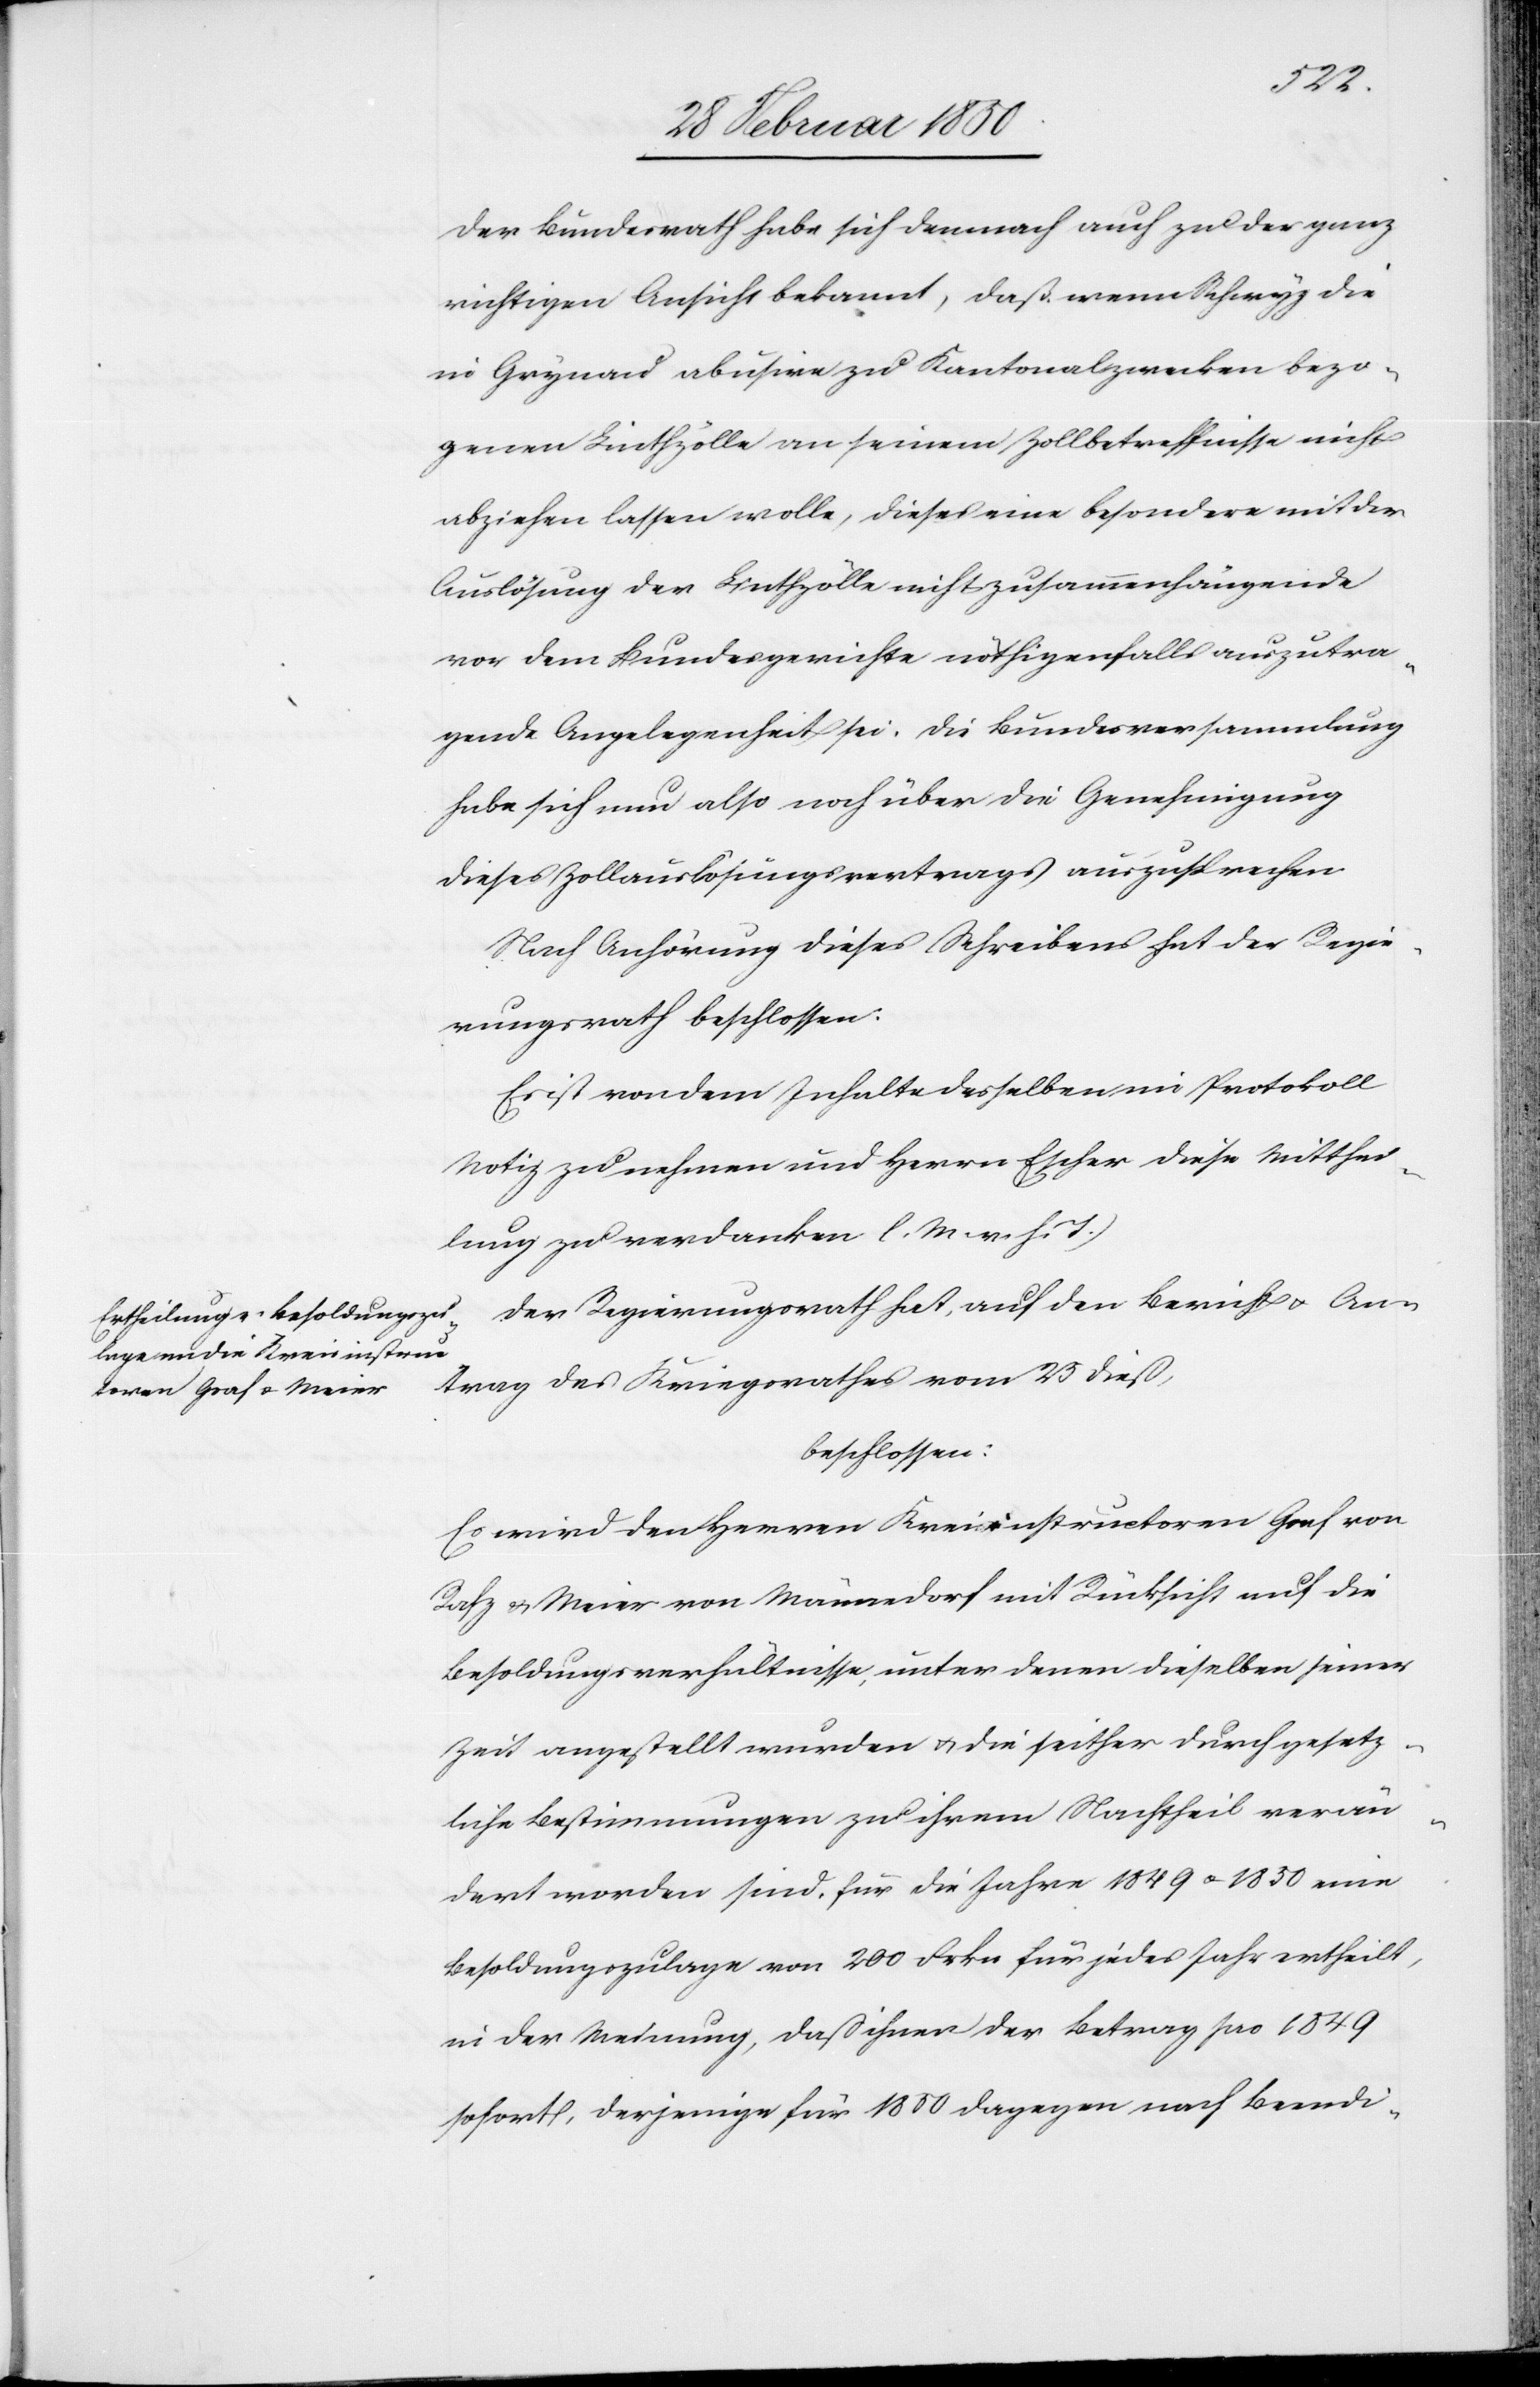
Der Bundesrath habe sich demnach auch zu der ganz
richtigen Ansicht bekannt, daß wenn Schwyz die
in Grynau abusive zu Kantonalzwecken bezo¬
genen Linthzölle an seinem Zollbetreffnisse nicht
abziehen lassen wolle, dieses eine besondere mit der
Auslösung der Linthzölle nicht zusammenhängende
vor dem Bundesgerichte nöthigenfalls auszutra¬
gende Angelegenheit sei. Die Bundesversammlung
habe sich nun also noch über die Genehmigung
dieses Zollauslösungsvertrags auszusprechen.
Nach Anhörung dieses Schreibens hat der Regie¬
rungsrath beschlossen:
Es ist von dem Inhalte desselben im Protokoll
Notiz zu nehmen und Herrn Escher diese Mitthei¬
lung zu verdanken [(]l. M. v. h. T.)
Der Regierungsrath hat, auf den Bericht u. An¬
trag des Kriegsrathes vom 25 dieß,
beschlossen:
Es wird den Herren Kreisinstructoren Graf von
Rafz u. Meier von männedorf mit Rücksicht auf die
Besoldungsverhältnisse, unter denen dieselben seiner
Zeit angestellt wurden u. die seither durhc gesetz¬
liche Bestimmungen zu ihrem Nachtheil verän¬
dert worden sind, für die Jahre 1849 u. 1850 eine
Besoldungszulage von 200 Frkn für jedes Jahr ertheilt,
in der Meinung, daß ihnen der Betrag pro 1849
sofort, derjenige für 1850 dagegen nach Beendi-